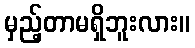
မှည့်တာမရှိဘူးလား။